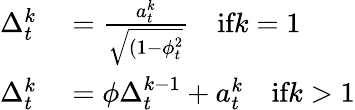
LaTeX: \begin{array}{rl}{\Delta_{t}^{k}}&{{}=\frac{a_{t}^{k}}{\sqrt{(1-\phi_{t}^{2}}}\quad\textrm{if}k=1}\\ {\Delta_{t}^{k}}&{{}=\phi\Delta_{t}^{k-1}+a_{t}^{k}\quad\textrm{if}k>1}\end{array}